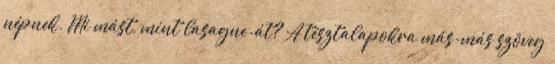
népnek. Mi mást, mint lasagne-át? A tésztalapokra más-más szöveg